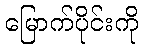
မြောက်ပိုင်းကို